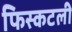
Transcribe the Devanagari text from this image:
फिस्कटली